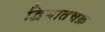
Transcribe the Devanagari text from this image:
द्विघातचक्र